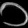
Digit: ၁